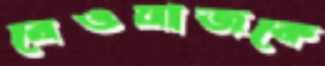
রেওয়াজকে